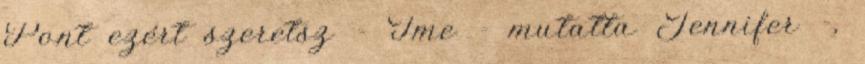
Pont ezért szeretsz - Íme - mutatta Jennifer -,